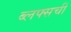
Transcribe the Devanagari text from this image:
ब्लफ्सची